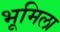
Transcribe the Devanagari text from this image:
भूमिला